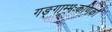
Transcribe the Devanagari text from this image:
गङ्गाम्भःकणिका